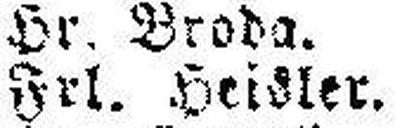
Frl. Heisler.